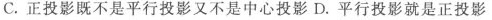
C.正投影既不是平行投影又不是中心投影D.平行投影就是正投影